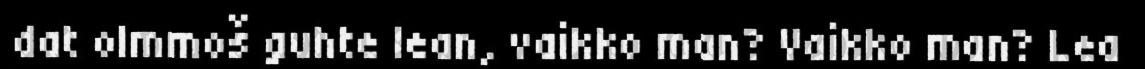
dat olmmoš guhte lean, vaikko man? Vaikko man? Lea